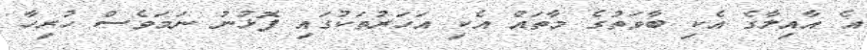
އެ އާއިލާގެ އެކި ބާވަތުގެ މާތައް އެކި އަހަރުތަކުގައި ފޮޅުނު ނަމަވެސް ހުރިހާ